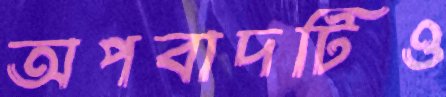
অপবাদটিও